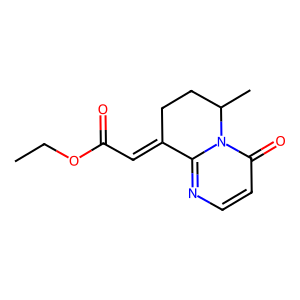
SMILES: CCOC(=O)C=C1CCC(C)n2c1nccc2=O
Inhibits HIV replication: No